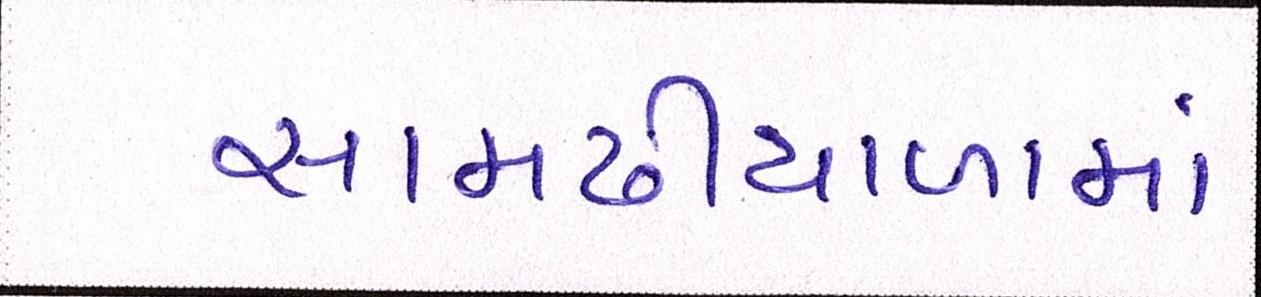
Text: સામઢીયાળામાં